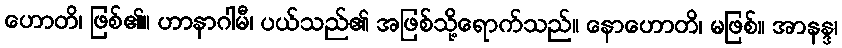
ဟောတိ၊ ဖြစ်၏။ ဟာနာဂါမီ၊ ပယ်သည်၏ အဖြစ်သို့ရောက်သည်။ နောဟောတိ၊ မဖြစ်။ အာနန္ဒ၊